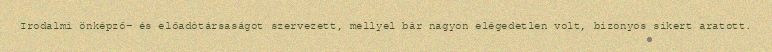
Irodalmi önképző- és előadótársaságot szervezett, mellyel bár nagyon elégedetlen volt, bizonyos sikert aratott.